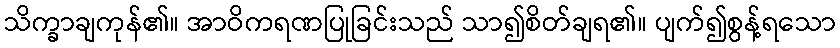
သိက္ခာချကုန်၏။ အာဝိကရဏပြုခြင်းသည် သာ၍စိတ်ချရ၏။ ပျက်၍စွန့်ရသော